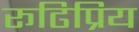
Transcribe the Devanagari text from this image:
रूढिप्रिय